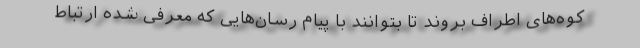
کوه‌های اطراف بروند تا بتوانند با پیام رسان‌هایی که معرفی شده ارتباط